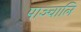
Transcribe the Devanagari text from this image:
पाञ्चालि